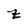
Character: z